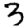
Digit: 3